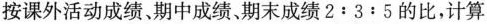
按课外活动成绩，期中成绩、期末成绩2:3:5的比，计算则该校女子游泳队队员的平均年龄是 岁。